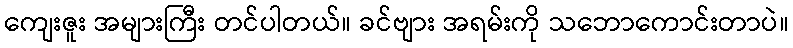
ကျေးဇူး အများကြီး တင်ပါတယ်။ ခင်ဗျား အရမ်းကို သဘောကောင်းတာပဲ။